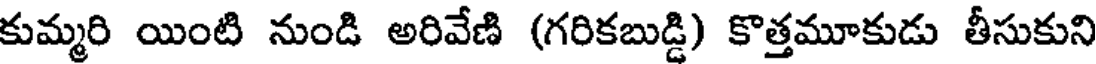
కుమ్మరి యింటి నుండి అరివేణి (గరికబుడ్డి) కొత్తమూకుడు తీసుకుని